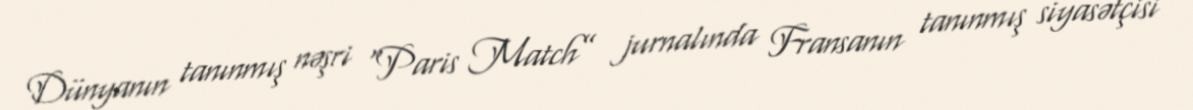
Dünyanın tanınmış nəşri “Paris Match” jurnalında Fransanın tanınmış siyasətçisi